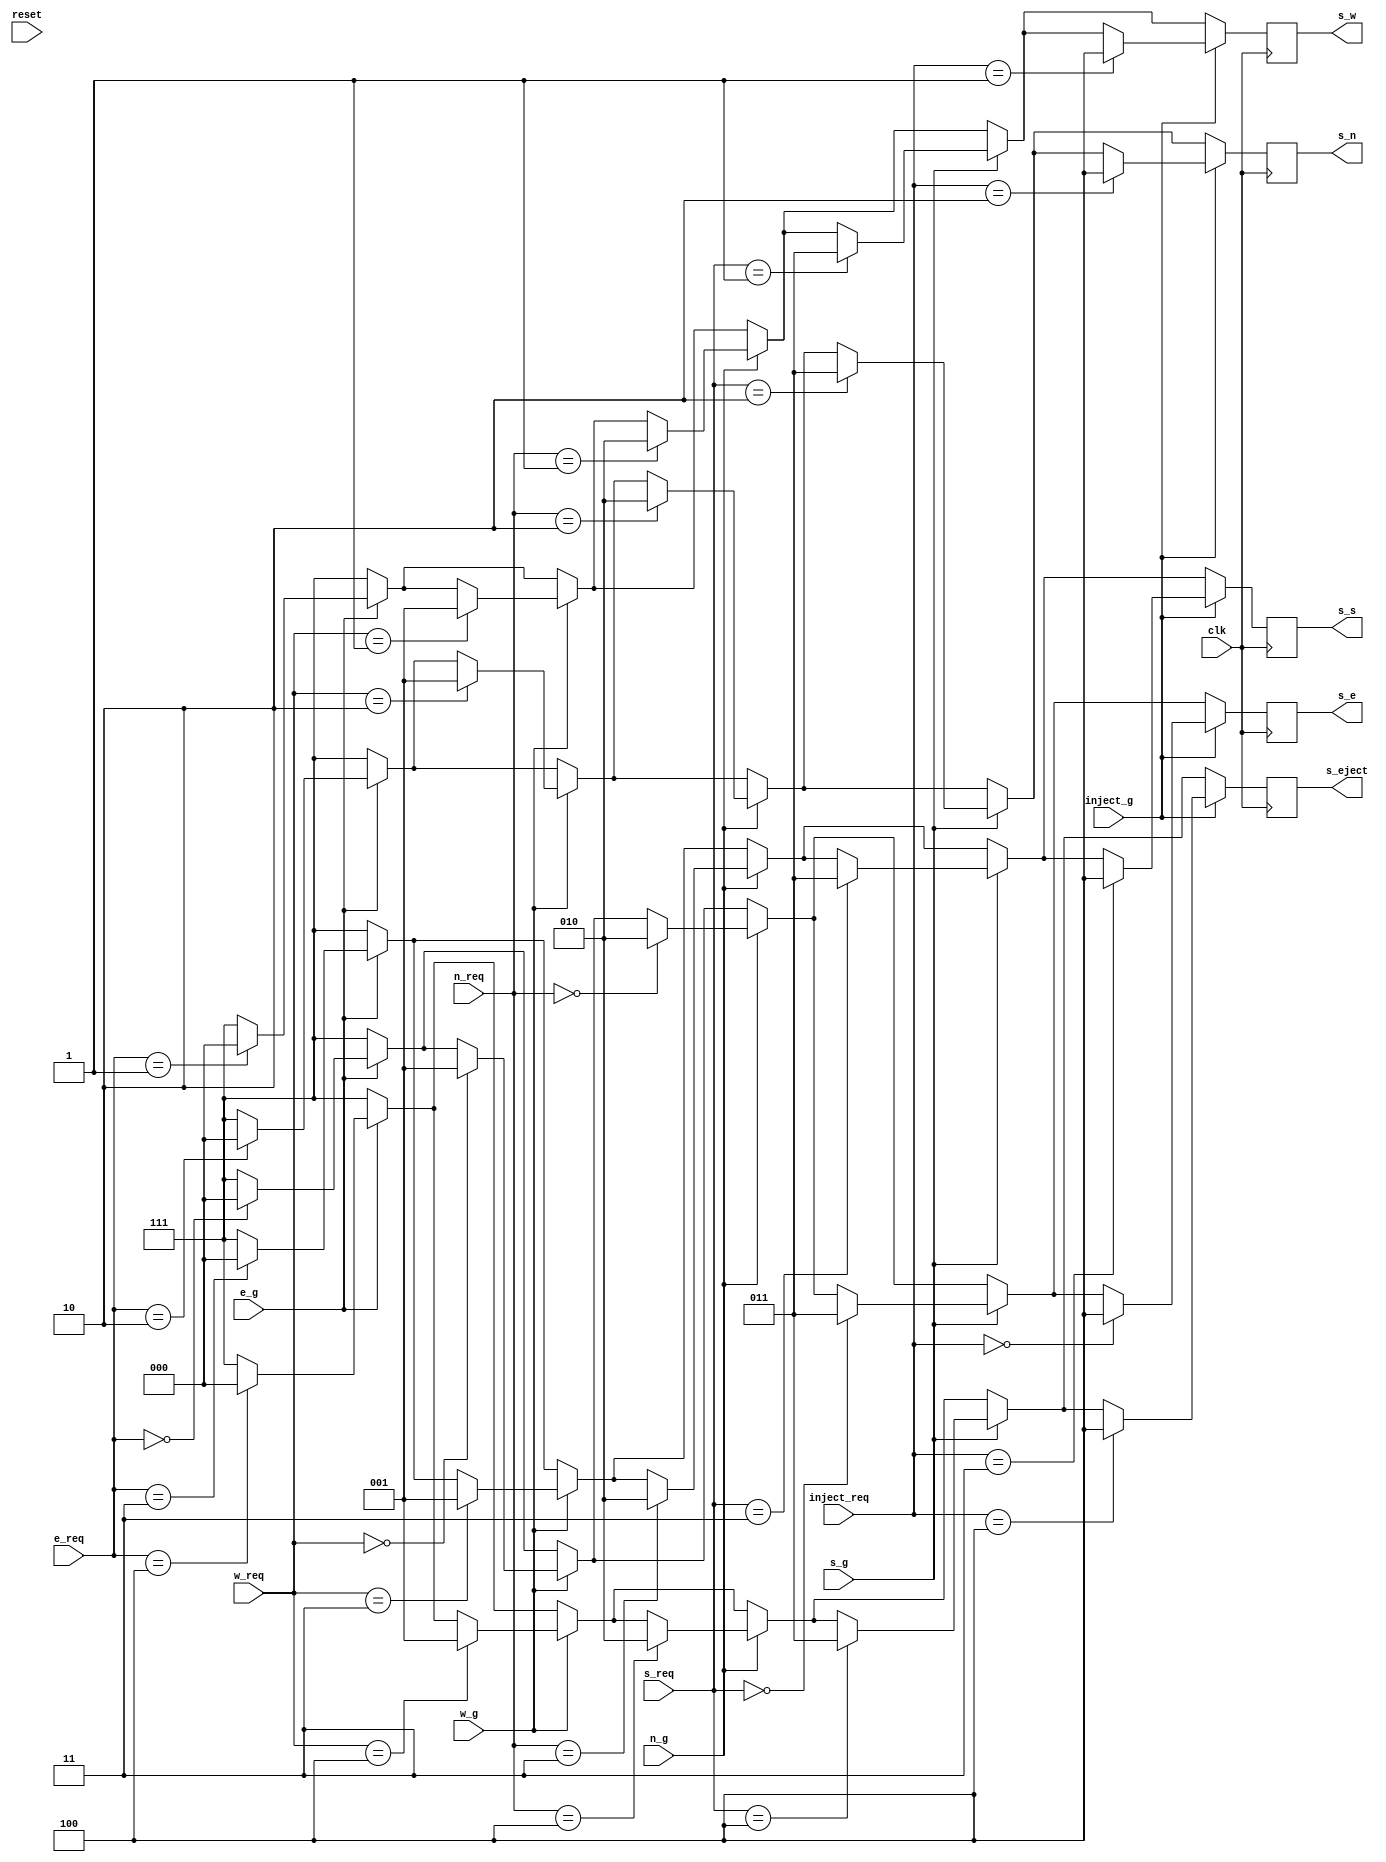
module Select_gen (output reg [2:0] s_e, s_w, s_n, s_s, s_eject, 
                   input e_g, w_g, n_g, s_g, inject_g, clk, reset, input [2:0] e_req, w_req, n_req, s_req, inject_req);
  
  
  always @(posedge clk)
  begin
    if(reset)
    begin
      s_e = 3'b111;
      s_w = 3'b111;
      s_n = 3'b111;
      s_s = 3'b111;
      s_eject = 3'b111;
    end
    else
    s_e = 3'd7;  
    s_w = 3'd7;  
    s_n = 3'd7;  
    s_s = 3'd7;  
    s_eject = 3'd7;  
    begin
      if(e_g == 1)
      begin
        case (e_req)
          3'b000: s_e = 3'b000;
          3'b001: s_w = 3'b000;
          3'b010: s_n = 3'b000;
          3'b011: s_s = 3'b000;
          3'b100: s_eject = 3'b000;
        endcase
      end
      if(w_g == 1)
      begin
        case (w_req)
          3'b000: s_e = 3'b001;
          3'b001: s_w = 3'b001;
          3'b010: s_n = 3'b001;
          3'b011: s_s = 3'b001;
          3'b100: s_eject = 3'b001;
        endcase
      end
      if(n_g == 1)
      begin
        case (n_req)
          3'b000: s_e = 3'b010;
          3'b001: s_w = 3'b010;
          3'b010: s_n = 3'b010;
          3'b011: s_s = 3'b010;
          3'b100: s_eject = 3'b010;
        endcase
      end
      if(s_g == 1)
      begin
        case (s_req)
          3'b000: s_e = 3'b011;
          3'b001: s_w = 3'b011;
          3'b010: s_n = 3'b011;
          3'b011: s_s = 3'b011;
          3'b100: s_eject = 3'b011;
        endcase
      end
      if(inject_g == 1)
      begin
        case (inject_req)
          3'b000: s_e = 3'b100;
          3'b001: s_w = 3'b100;
          3'b010: s_n = 3'b100;
          3'b011: s_s = 3'b100;
          3'b100: s_eject = 3'b100;
        endcase
      end
    end
    
  end
  
endmodule